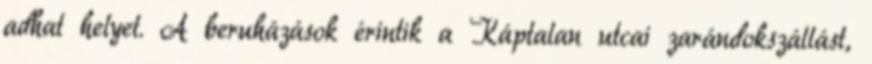
adhat helyet. A beruházások érintik a Káptalan utcai zarándokszállást,